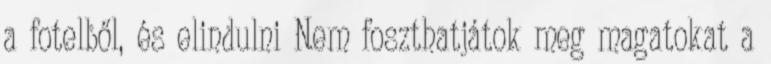
a fotelből, és elindulni Nem foszthatjátok meg magatokat a